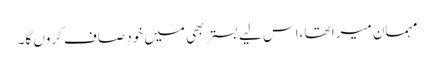
مہمان میرا تھا ،اس لیے بستر بھی میں خود صاف کروں گا۔